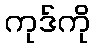
ကုဒ်ကို